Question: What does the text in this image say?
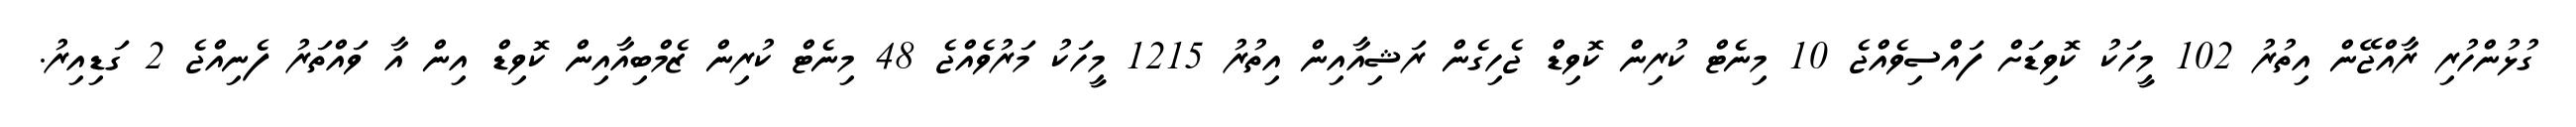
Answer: ގުޅުންހުރި ރާއްޖޭން އިތުރު 102 މީހަކު ކޮވިޑަށް ފައްސިވެއްޖެ 10 މިނެޓް ކުރިން ކޮވިޑް ޖެހިގެން ރަޝިއާއިން އިތުރު 1215 މީހަކު މަރުވެއްޖެ 48 މިނެޓް ކުރިން ޒެމްބިއާއިން ކޮވިޑް އިން އާ ވައްތަރު ފެނިއްޖެ 2 ގަޑިއިރު.